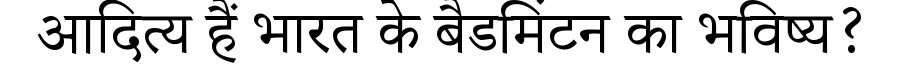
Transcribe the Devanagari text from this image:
आदित्य हैं भारत के बैडमिंटन का भविष्य?